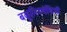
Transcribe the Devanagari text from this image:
बकूनिनपंथियों